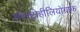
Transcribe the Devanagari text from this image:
स्पेक्ट्रोहीलियोग्राफ़